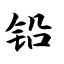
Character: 铅